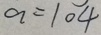
a = 1 0 4